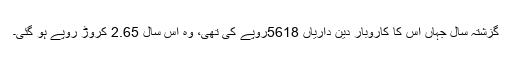
گزشتہ سال جہاں اس کا کاروبار دین داریاں 5618روپے کی تھی، وہ اس سال 2.65 کروڑ روپے ہو گئی۔